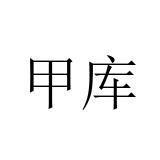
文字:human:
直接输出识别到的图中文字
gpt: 甲库